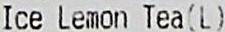
ICE LEMON TEA(L)